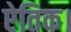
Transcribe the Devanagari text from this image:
ऐतिक।